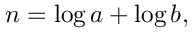
n = \log a + \log b ,